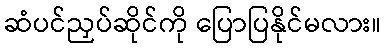
ဆံပင်ညှပ်ဆိုင်ကို ပြောပြနိုင်မလား။